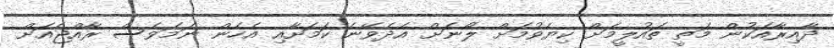
ދާއިރާއަކުން މަތީ ތައުލީމަށް ކިޔެވުމަށް ލޯނަށް އެދެވޭނެ ކަމަށާއި އެހެން ނަމަވެސް ރާއްޖެއަށް